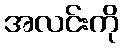
အလင်းကို